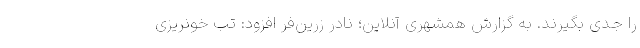
را جدی بگیرند. به گزارش همشهری آنلاین؛ نادر زرین‌فر افزود: تب خونریزی